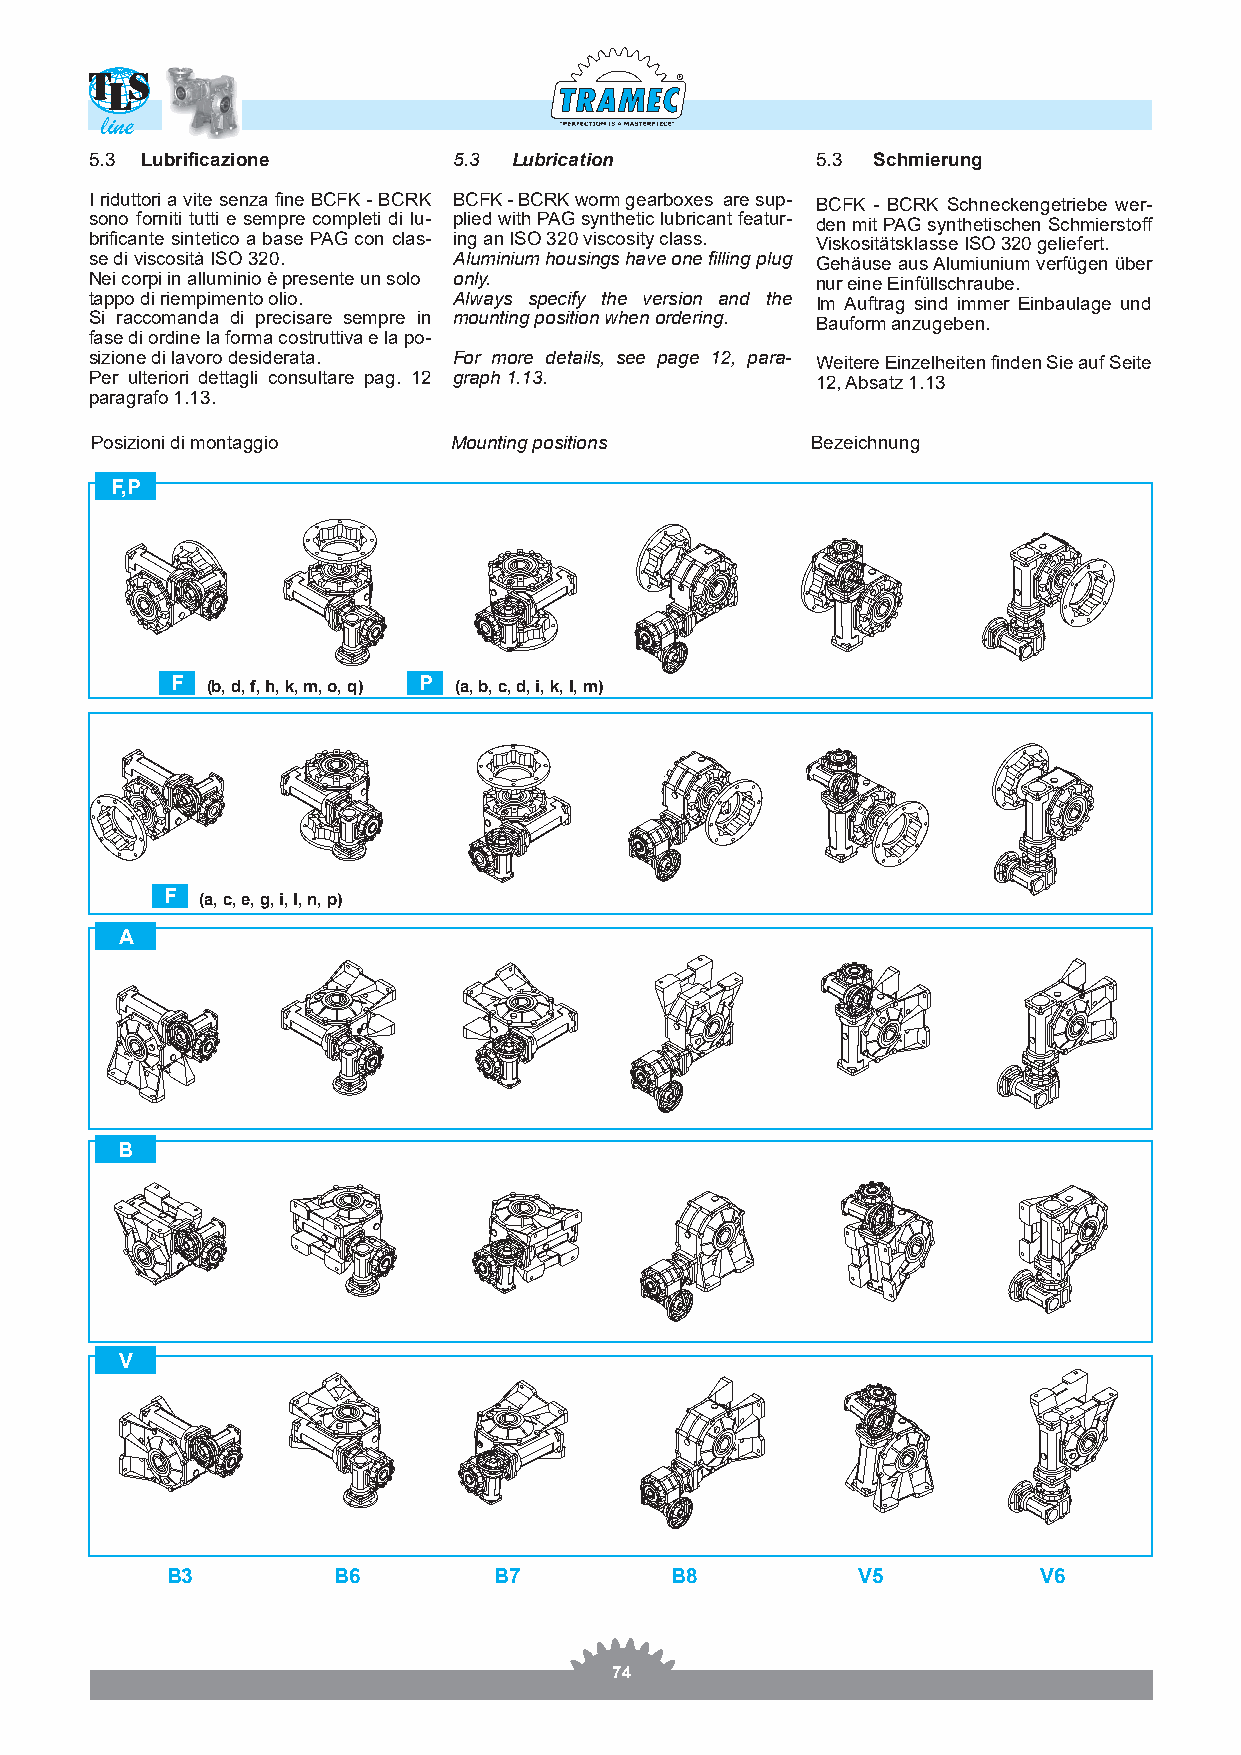
R
 line
 5.3 Lubrificazione      5.3 Lubrication         5.3 Schmierung
 I riduttori a vite senza fine BCFK - BCRK BCFK - BCRK worm gearboxes are sup- BCFK - BCRK Schneckengetriebe wer-
 sono forniti tutti e sempre completi di lu- plied with PAG synthetic lubricant featur- den mit PAG synthetischen Schmierstoff
 brificante sintetico a base PAG con clas- ing an ISO 320 viscosity class. Viskositätsklasse ISO 320 geliefert.
 se di viscosità ISO 320. Aluminium housings have one filling plug Gehäuse aus Alumiunium verfügen über
 Nei corpi in alluminio è presente un solo only. nur eine Einfüllschraube.
 tappo di riempimento olio. Always specify the version and the Im Auftrag sind immer Einbaulage und
 Si raccomanda di precisare sempre in mounting position when ordering. Bauform anzugeben.
 fase di ordine la forma costruttiva e la po-
 sizione di lavoro desiderata. For more details, see page 12, para- Weitere Einzelheiten finden Sie auf Seite
 Per ulteriori dettagli consultare pag. 12 graph 1.13. 12, Absatz 1.13
 paragrafo 1.13.
 Posizioni di montaggio  Mounting positions      Bezeichnung
 F,P
 F  (b, d, f, h, k, m, o, q) P (a, b, c, d, i, k, l, m)
 F (a, c, e, g, i, l, n, p)
 A
 B
 V
 B3         B6         B7         B8           V5          V6
 74